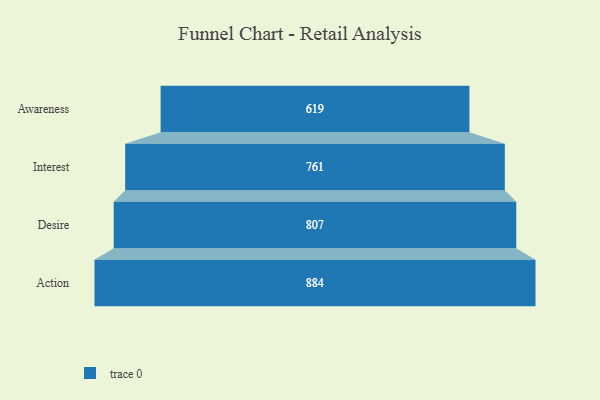
{"axis": {"x": "Stage", "y": "Value"}, "legend": [""], "data": [{"x": "Awareness", "y": 619.0, "type": ""}, {"x": "Interest", "y": 761.0, "type": ""}, {"x": "Desire", "y": 807.0, "type": ""}, {"x": "Action", "y": 884.0, "type": ""}]}